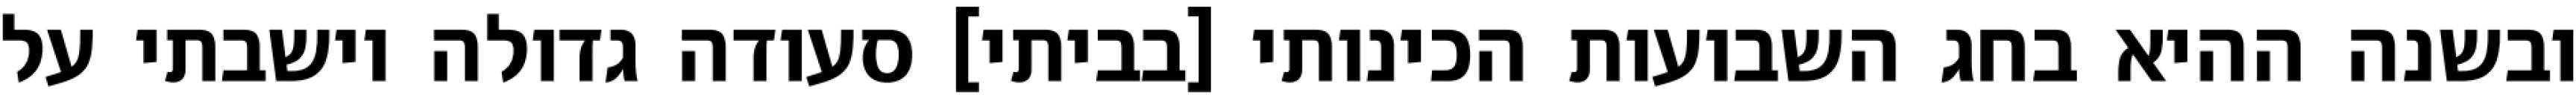
ובשנה ההיא בחג השבועות הכינותי [בביתי] סעודה גדולה וישבתי על